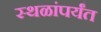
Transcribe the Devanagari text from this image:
स्थळांपर्यंत